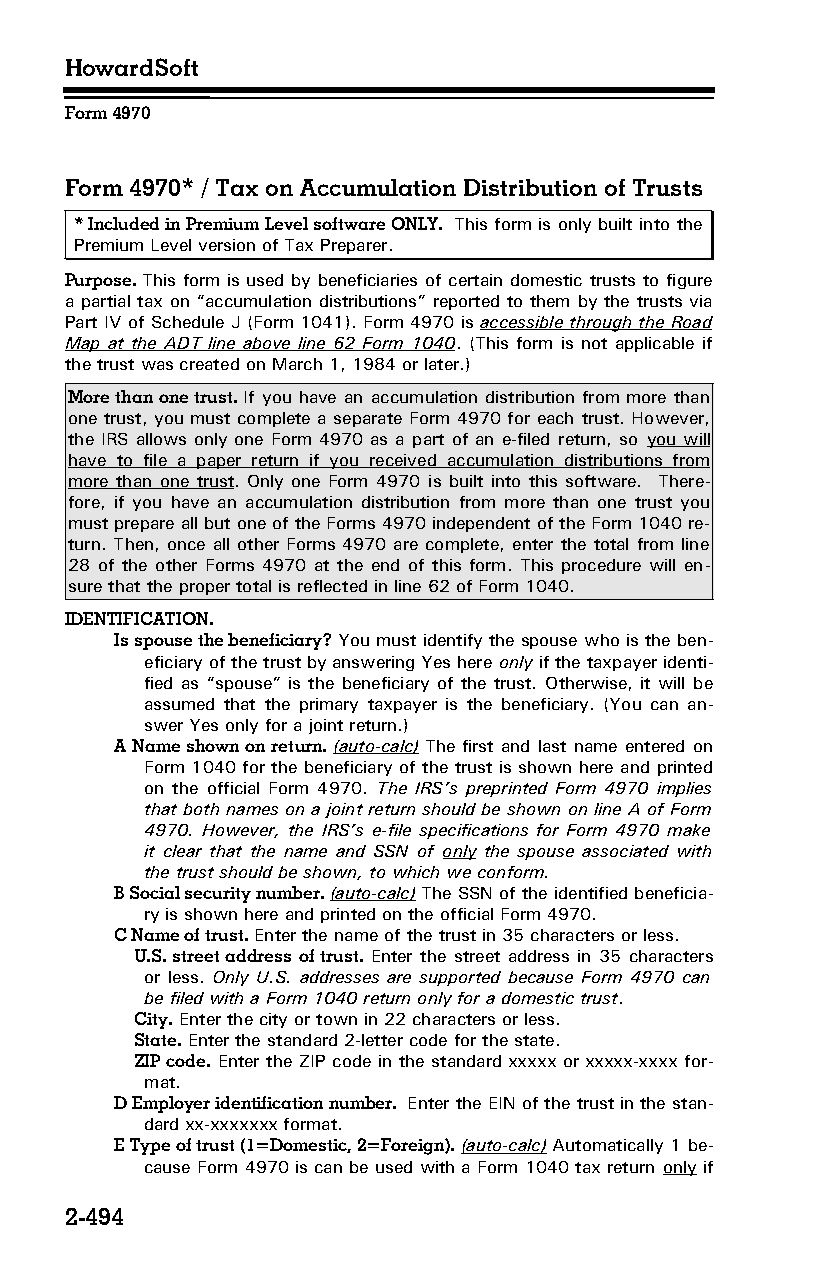
HowardSoft
 Form 4970
 Form 4970* / Tax on Accumulation Distribution of Trusts
 * Included in Premium Level software ONLY. This form is only built into the
 Premium Level version of Tax Preparer.
 Purpose. This form is used by beneficiaries of certain domestic trusts to figure
 a partial tax on “accumulation distributions” reported to them by the trusts via
 Part IV of Schedule J (Form 1041). Form 4970 is accessible through the Road
 Map at the ADT line above line 62 Form 1040. (This form is not applicable if
 the trust was created on March 1, 1984 or later.)
 More than one trust. If you have an accumulation distribution from more than
 one trust, you must complete a separate Form 4970 for each trust. However,
 the IRS allows only one Form 4970 as a part of an e-filed return, so you will
 have to file a paper return if you received accumulation distributions from
 more than one trust. Only one Form 4970 is built into this software. There­
 fore, if you have an accumulation distribution from more than one trust you
 must prepare all but one of the Forms 4970 independent of the Form 1040 re­
 turn. Then, once all other Forms 4970 are complete, enter the total from line
 28 of the other Forms 4970 at the end of this form. This procedure will en­
 sure that the proper total is reflected in line 62 of Form 1040.
 IDENTIFICATION.
 Is spouse the beneficiary? You must identify the spouse who is the ben­
 eficiary of the trust by answering Yes here only if the taxpayer identi­
 fied as “spouse” is the beneficiary of the trust. Otherwise, it will be
 assumed that the primary taxpayer is the beneficiary. (You can an­
 swer Yes only for a joint return.)
 A Name shown on return. (auto-calc) The first and last name entered on
 Form 1040 for the beneficiary of the trust is shown here and printed
 on the official Form 4970. The IRS’s preprinted Form 4970 implies
 that both names on a joint return should be shown on line A of Form
 4970. However, the IRS’s e-file specifications for Form 4970 make
 it clear that the name and SSN of only the spouse associated with
 the trust should be shown, to which we conform.
 B Social security number. (auto-calc) The SSN of the identified beneficia­
 ry is shown here and printed on the official Form 4970.
 C Name of trust. Enter the name of the trust in 35 characters or less.
 U.S. street address of trust. Enter the street address in 35 characters
 or less. Only U.S. addresses are supported because Form 4970 can
 be filed with a Form 1040 return only for a domestic trust.
 City. Enter the city or town in 22 characters or less.
 State. Enter the standard 2-letter code for the state.
 ZIP code. Enter the ZIP code in the standard xxxxx or xxxxx-xxxx for­
 mat.
 D Employer identification number. Enter the EIN of the trust in the stan­
 dard xx-xxxxxxx format.
 E Type of trust (1=Domestic, 2=Foreign). (auto-calc) Automatically 1 be­
 cause Form 4970 is can be used with a Form 1040 tax return only if
 2-494